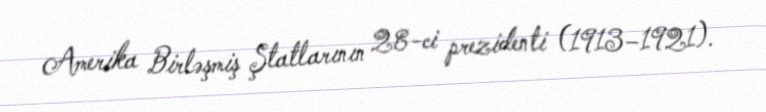
Amerika Birləşmiş Ştatlarının 28-ci prezidenti (1913–1921).